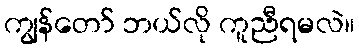
ကျွန်တော် ဘယ်လို ကူညီရမလဲ။